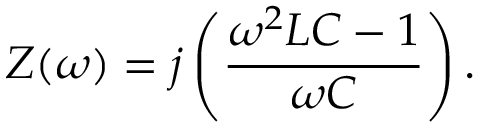
Z ( \omega ) = j \left( { \frac { \omega ^ { 2 } L C - 1 } { \omega C } } \right) .